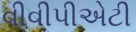
વીવીપીએટી